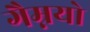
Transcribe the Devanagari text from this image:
गैम्नयो